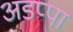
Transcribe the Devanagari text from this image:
अडप्पा